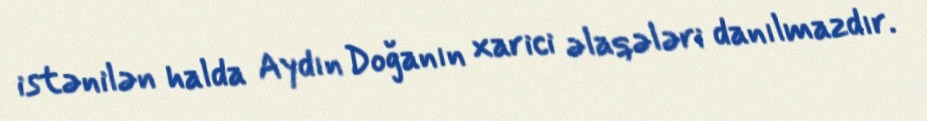
istənilən halda Aydın Doğanın xarici əlaqələri danılmazdır.